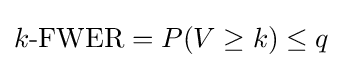
k{\text{-FWER}}=P(V\geq k)\leq q